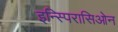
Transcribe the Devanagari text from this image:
इन्स्पिरासिओन